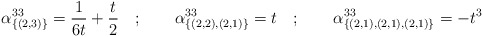
\begin{align*}\alpha ^{33}_{\{(2,3)\}}=\frac{1}{6t}+\frac{t}{2}\quad ;\qquad \alpha ^{33}_{\{(2,2),(2,1)\}}=t\quad ;\qquad \alpha ^{33}_{\{(2,1),(2,1),(2,1)\}}=-t^{3}\end{align*}